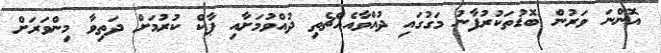
އޮންނަ ވަރުން ބޮޑުތަކުރުފާނު މަގުގައި ދުއްވާއެއްޗެތި ދުއްވުމަށާއި ޕާކް ކުރުމަށް ދަތިވާ މިންވަރަށް